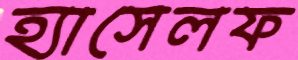
হ্যাসেলফ